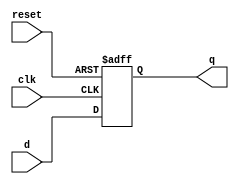
`timescale 1ns / 1ps
//////////////////////////////////////////////////////////////////////////////////
// Company: 
// Engineer: 
// 
// Design Name: 
// Module Name: d_ff
// Project Name: 
// Target Devices: 
// Tool Versions: 
// Description: 
// 
// Dependencies: 
// 
// Revision:
// Revision 0.01 - File Created
// Additional Comments:
// 
//////////////////////////////////////////////////////////////////////////////////


module d_ff(d, clk, q, reset);
    input d, clk, reset;
    output reg q;
    always @ (posedge clk or posedge reset) begin
    if (reset) q <= 0;
    else q <= d;
    end
endmodule